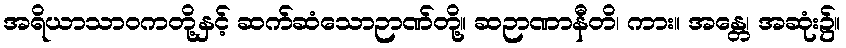
အရိယာသာဝကတို့နှင့် ဆက်ဆံသောဉာဏ်တို့။ ဆဉာဏာနီတိ၊ ကား။ အန္တေ၊ အဆုံး၌။